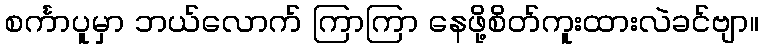
စင်္ကာပူမှာ ဘယ်လောက် ကြာကြာ နေဖို့စိတ်ကူးထားလဲခင်ဗျာ။